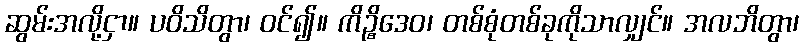
ဆွမ်းအလို့ငှာ။ ပဝိသိတွာ၊ ဝင်၍။ ကိဉ္စိဒေဝ၊ တစ်စုံတစ်ခုကိုသာလျှင်။ အလဘိတွာ၊